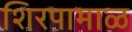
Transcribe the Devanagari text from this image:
शिरपामाळ